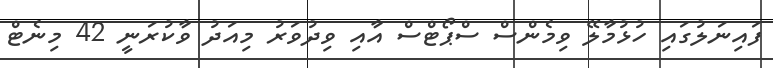
ފައިނަލުގައި ހުޅުމާލޭ ވިމެންސް ސްޕޯޓްސް އާއި ވިދުވަރު މިއަދު ވާކުރަނީ 42 މިނެޓް